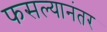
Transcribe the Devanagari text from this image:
फसल्यानंतर